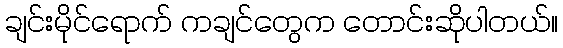
ချင်းမိုင်ရောက် ကချင်တွေက တောင်းဆိုပါတယ်။